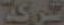
لشركة